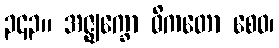
၃၄၃။ အဇ္ဈက္ခော ဓိကတော စေဝ၊